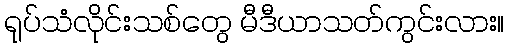
ရုပ်သံလိုင်းသစ်တွေ မီဒီယာသတ်ကွင်းလား။